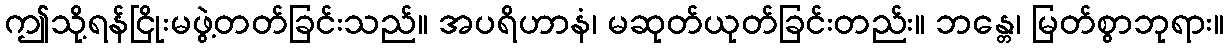
ဤသို့ရန်ငြိုးမဖွဲ့တတ်ခြင်းသည်။ အပရိဟာနံ၊ မဆုတ်ယုတ်ခြင်းတည်း။ ဘန္တေ၊ မြတ်စွာဘုရား။